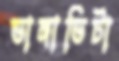
ভাঙ্গাভিটা